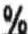
%